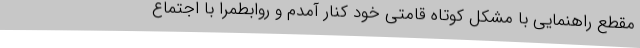
مقطع راهنمایی با مشکل کوتاه قامتی خود کنار آمدم و روابطمرا با اجتماع